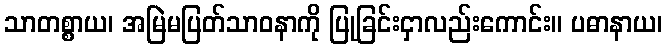
သာတစ္စာယ၊ အမြဲမပြတ်သာဝနာကို ပြုခြင်းငှာလည်းကောင်း။ ပဓာနာယ၊